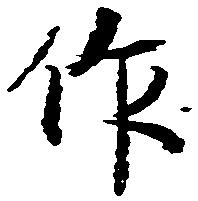
作